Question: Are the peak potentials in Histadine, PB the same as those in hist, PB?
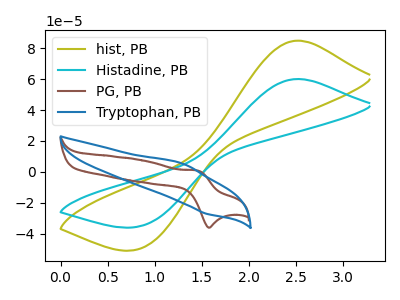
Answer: <think>The olive curve "hist, PB" has an anodic peak at (2.55V, 84.85uA) and a cathodic peak at (0.85V, -49.30uA). The cyan curve "Histadine, PB" has an anodic peak at (2.55V, 60.05uA) and a cathodic peak at (0.85V, -34.90uA). The brown curve "PG, PB" has an anodic peak at (1.45V, 0.85uA) and a cathodic peak at (1.55V, -36.15uA). The blue curve "Tryptophan, PB" has an anodic peak at (1.30V, 5.35uA) and a cathodic peak at (1.55V, -27.20uA).</think>
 <answer>Yes, "Histadine, PB" have a peak in "hist, PB" at the same potential.</answer>
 <eval>match</eval>